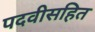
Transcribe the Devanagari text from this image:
पदवीसहित